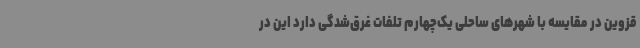
قزوین در مقایسه با شهرهای ساحلی یک‌چهارم تلفات غرق‌شدگی دارد این در